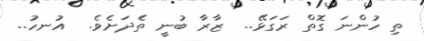
ތި ހުންނަ ގޮތް ރަގަޅޭ..  ޒާރާ ބުނީ ތެދަށެވެ.  އުނހު..